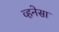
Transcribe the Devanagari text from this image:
व्हनेसा